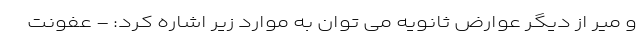
و میر از دیگر عوارض ثانویه می توان به موارد زیر اشاره کرد: - عفونت